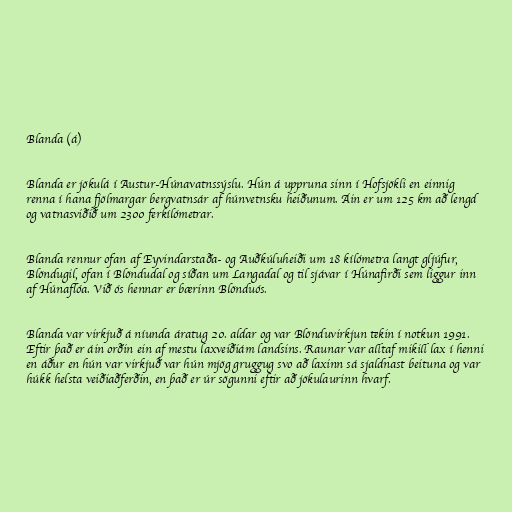
Blanda (á)

Blanda er jökulá í Austur-Húnavatnssýslu. Hún á uppruna sinn í Hofsjökli en einnig
renna í hana fjölmargar bergvatnsár af húnvetnsku heiðunum. Áin er um 125 km að lengd
og vatnasviðið um 2300 ferkílómetrar.

Blanda rennur ofan af Eyvindarstaða- og Auðkúluheiði um 18 kílómetra langt gljúfur,
Blöndugil, ofan í Blöndudal og síðan um Langadal og til sjávar í Húnafirði sem liggur inn
af Húnaflóa. Við ós hennar er bærinn Blönduós.

Blanda var virkjuð á níunda áratug 20. aldar og var Blönduvirkjun tekin í notkun 1991.
Eftir það er áin orðin ein af mestu laxveiðiám landsins. Raunar var alltaf mikill lax í henni
en áður en hún var virkjuð var hún mjög gruggug svo að laxinn sá sjaldnast beituna og var
húkk helsta veiðiaðferðin, en það er úr sögunni eftir að jökulaurinn hvarf.